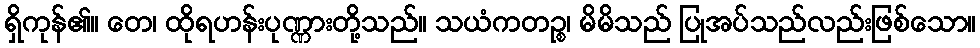
ရှိကုန်၏။ တေ၊ ထိုရဟန်းပုဏ္ဏားတို့သည်။ သယံကတဉ္စ၊ မိမိသည် ပြုအပ်သည်လည်းဖြစ်သော။